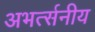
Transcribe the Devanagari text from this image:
अभर्त्सनीय